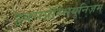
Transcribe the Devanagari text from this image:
इक्सप्रेस्सियुनिज़म